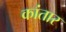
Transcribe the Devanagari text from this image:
कांतार